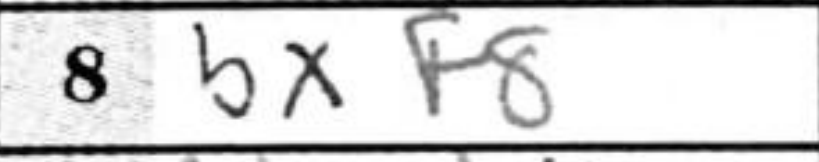
Transcription: bxf8